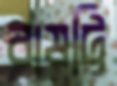
বাষট্টি